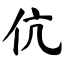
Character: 伉